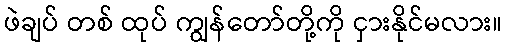
ဖဲချပ် တစ် ထုပ် ကျွန်တော်တို့ကို ငှားနိုင်မလား။